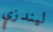
ليندزي